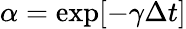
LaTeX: \alpha=\exp[-\gamma\Delta t]